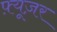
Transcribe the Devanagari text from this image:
फ़्यूज़र